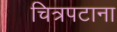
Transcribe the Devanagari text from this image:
चित्रपटाना